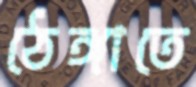
ঠেঙ্গাতে